Note on the mental hospitals in Burma - 1925-1940
Year: 1925
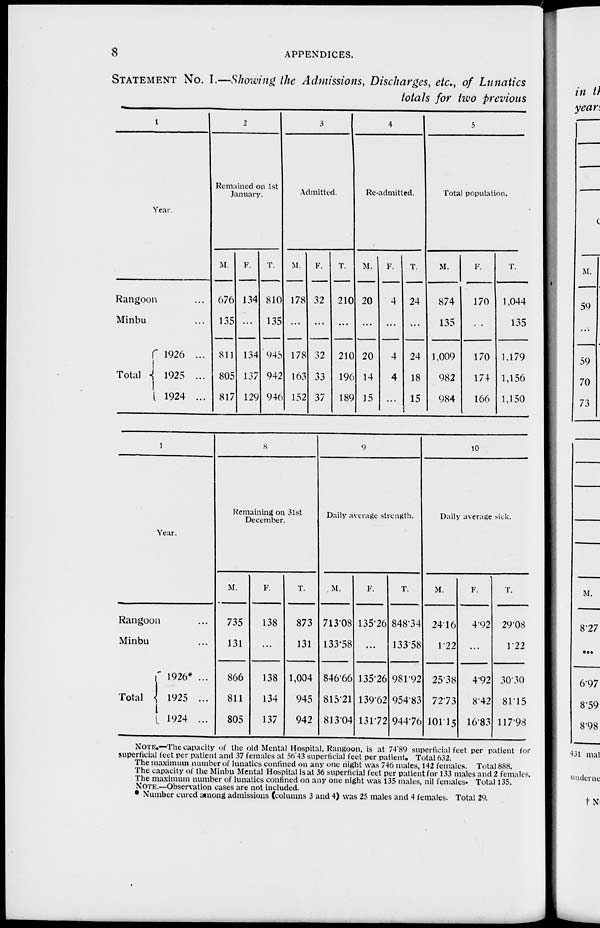
8
APPENDICES.
STATEMENT No. I.—Showing the Admissions, Discharges, etc., of Lunatics
totals for two previous
1
Year.
Rangoon ...
Minbu ...
Total
1926 ...
1925 ...
1924 ...
2
Remained on 1st
January.
M.
676
135
811
805
817
F.
134
...
134
137
129
T.
810
135
945
942
946
3
Admitted.
M.
178
...
178
163
152
F.
32
...
32
33
37
T.
210
...
210
196
189
4
Re-admitted.
M.
20
...
20
14
15
F.
4
...
4
4
...
T.
24
...
24
18
15
5
Total population.
M.
874
135
1,009
982
984
F.
170
...
170
174
166
T.
1,044
135
1,179
1,156
1,150
1
Year.
Rangoon ...
Minbu ...
Total
1926* ...
1925 ...
1924 ...
8
Remaining on 31st
December.
M.
735
131
866
811
805
F.
138
...
138
134
137
T.
873
131
1,004
945
942
9
Daily average strength.
M.
713.08
133.58
846.66
815.21
813.04
F.
135.26
...
135.26
139.62
131.72
T.
848.34
133.58
981.92
954.83
944.76
10
Daily average sick.
M.
24.16
1.22
25.38
72.73
101.15
F.
4.92
...
4.92
8.42
16.83
T.
29.08
1.22
30.30
81.15
117.98
NOTE.—The capacity of the old Mental Hospital, Rangoon, is at 74.89 superficial feet per patient for
superficial feet per patient and 37 females at 56.43 superficial feet per patient. Total 632.
The maximum number of lunatics confined on any one night was 746 males, 142 females. Total 888.
The capacity of the Minbu Mental Hospital is at 36 superficial feet per patient for 133 males and 2 females.
The maximum number of lunatics confined on any one night was 135 males, nil females. Total 135.
NOTE.—Observation cases are not included.
* Number cured among admissions (columns 3 and 4) was 25 males and 4 females. Total 29.